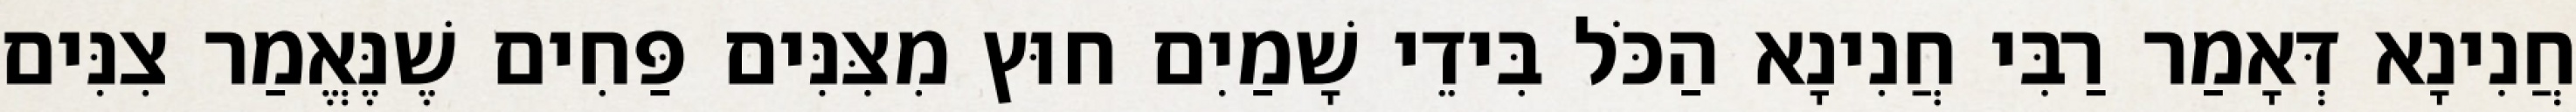
חֲנִינָא דְּאָמַר רַבִּי חֲנִינָא הַכֹּל בִּידֵי שָׁמַיִם חוּץ מִצִּנִּים פַּחִים שֶׁנֶּאֱמַר צִנִּים